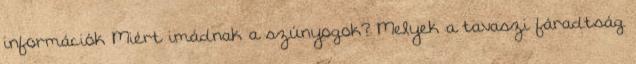
információk Miért imádnak a szúnyogok? Melyek a tavaszi fáradtság